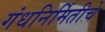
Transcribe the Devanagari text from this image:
गंधनिर्मितीचे